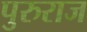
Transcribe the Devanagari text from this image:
पुरुराज